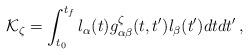
LaTeX: \begin{align*}{\cal K}_{\zeta}=\int_{t_0}^{t_f}l_{\alpha}(t)g^{\zeta}_{\alpha\beta}(t,t')l_{\beta}(t')dtdt'\,,\end{align*}